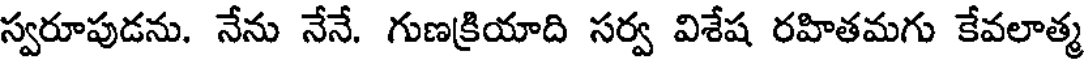
స్వరూపుడను. నేను నేనే. గుణక్రియాది సర్వ విశేష రహితమగు కేవలాత్మ